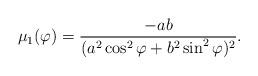
LaTeX: \begin{align*}\mu_1(\varphi) =\frac{-ab}{(a^2 \cos^2 \varphi + b^2 \sin^2 \varphi)^2}.\end{align*}